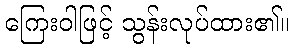
ကြေးဝါဖြင့် သွန်းလုပ်ထား၏။